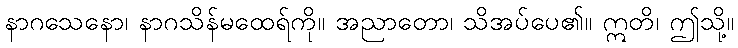
နာဂသေနော၊ နာဂသိန်မထေရ်ကို။ အညာတော၊ သိအပ်ပေ၏။ ဣတိ၊ ဤသို့။